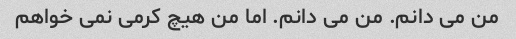
من می دانم. من می دانم. اما من هیچ کرمی نمی خواهم